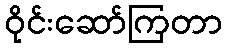
ဝိုင်းဆော်ကြတာ